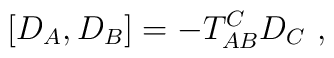
\left[ D_{A},D_{B}\right] =-T_{AB}^{C}D_{C}\ ,